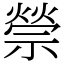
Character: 禜